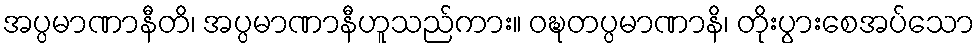
အပ္ပမာဏာနီတိ၊ အပ္ပမာဏာနီဟူသည်ကား။ ဝဍ္ဎတပ္ပမာဏာနိ၊ တိုးပွားစေအပ်သော